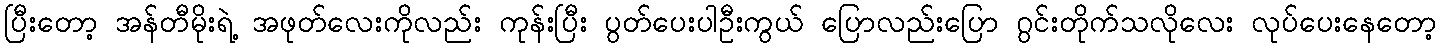
ပြီးတော့ အန်တီမိုးရဲ့ အဖုတ်လေးကိုလည်း ကုန်းပြီး ပွတ်ပေးပါဦးကွယ် ပြောလည်းပြော ဂွင်းတိုက်သလိုလေး လုပ်ပေးနေတော့